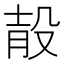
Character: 𣪎